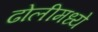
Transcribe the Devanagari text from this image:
ढोलीमध्ये